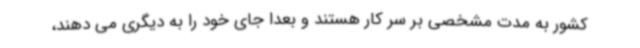
کشور به مدت مشخصی بر سر کار هستند و بعدا جای خود را به دیگری می دهند،